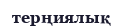
терңиялық